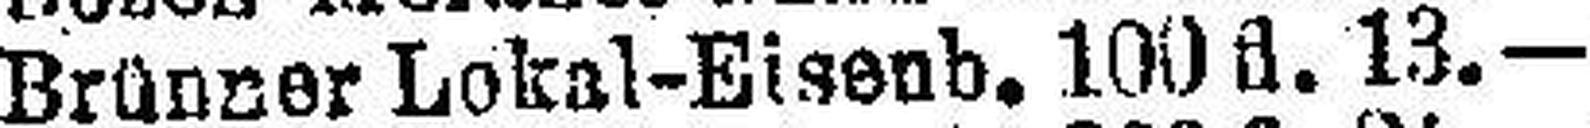
Brünner Lokal-Eisenb. 100 fl. 13.—